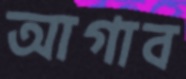
আগাব